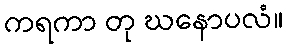
ကရကာ တု ဃနောပလံ။